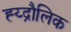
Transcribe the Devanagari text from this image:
ह्य्द्रौलिक